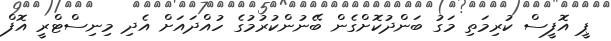
ޕީ އޮފީސް ކުރިމަތި މަގު ބަންދުކޮށްގެން ބޭނުންކުރުމުގެ ހުއްދައަށް އެދި މިނިސްޓްރީ އޮފް